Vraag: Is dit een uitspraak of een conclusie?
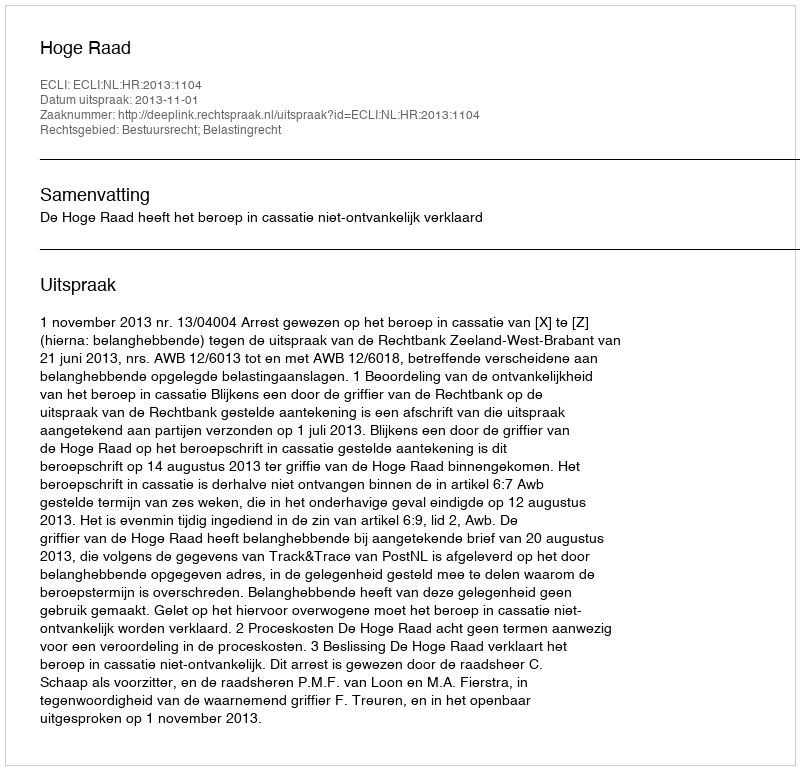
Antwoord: Uitspraak